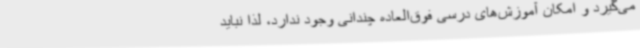
می‌گیرد و امکان آموزش‌های درسی فوق‌العاده چندانی وجود ندارد، لذا نباید